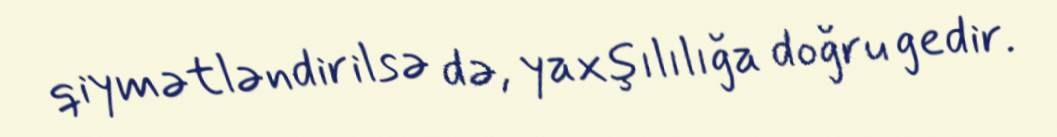
qiymətləndirilsə də, yaxşılılığa doğru gedir.